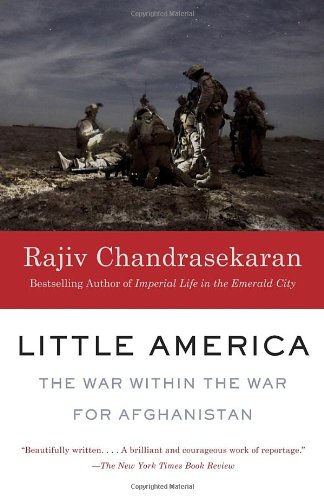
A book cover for Little America: The War Within the War for Afghanistan; Rajiv Chandrasekaran; History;